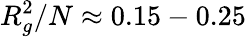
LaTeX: R_{g}^{2}/N\approx 0.15-0.25